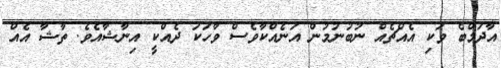
އާދަމްބެ ވަކި އެއްޗެއް ނުބުނުމުން އަނެއްކާވެސް ވާހަކަ ދެއްކީ އިނާޝާއެވެ. ތާޝާ އެއް